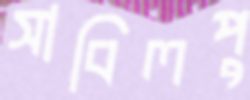
সাবিলপু